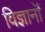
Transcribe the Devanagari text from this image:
विज्ञानॊं